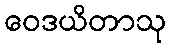
ဝေဒယိတာသု